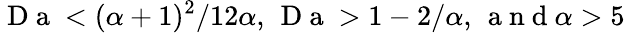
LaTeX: \mathrm{~D~a~}<(\alpha+1)^{2}/12\alpha,\, \mathrm{~D~a~}>1-2/\alpha,\, \mathrm{~a~n~d~}\alpha>5